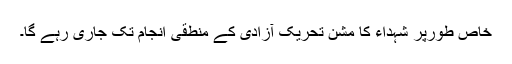
خاص طورپر شہداء کا مشن تحریک آزادی کے منطقی انجام تک جاری رہے گا۔